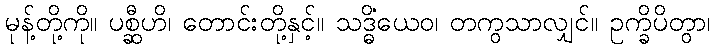
မုန့်တို့ကို။ ပစ္ဆီဟိ၊ တောင်းတို့နှင့်။ သဒ္ဓိံယေဝ၊ တကွသာလျှင်။ ဥက္ခိပိတွာ၊